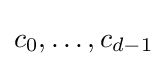
c_{0},\dots ,c_{d-1}